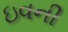
ઇવની